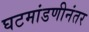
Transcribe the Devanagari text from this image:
घटमांडणीनंतर